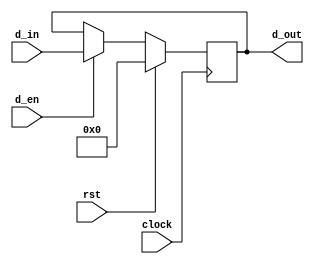
// This program was cloned from: https://github.com/haojunliu/OpenFPGA
// License: BSD 2-Clause "Simplified" License

module ff_en
(
    d_in, d_out, clock, rst, d_en
);
    input clock;
    input rst;
    input d_en;
    
    input [9:0] d_in;
    output [9:0] d_out;

    reg [9:0] ff_d;

    assign d_out = ff_d;

    always @ (posedge clock)
        if(rst)
            ff_d <= 10'b0;
        else if(d_en)
            ff_d <= d_in;
        else
            ff_d <= ff_d;

endmodule